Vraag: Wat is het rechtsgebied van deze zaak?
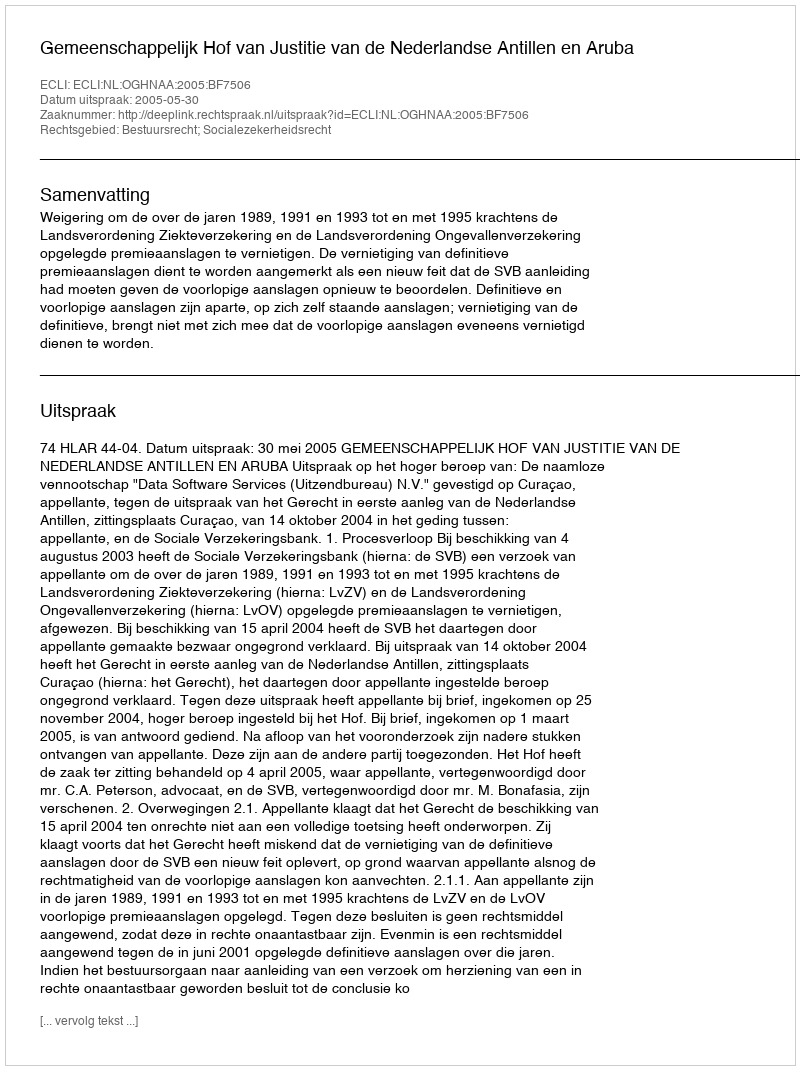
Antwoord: Bestuursrecht; Socialezekerheidsrecht